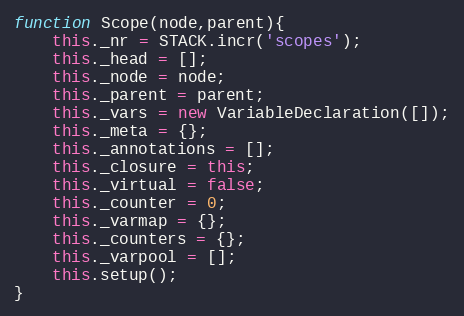
Language: JavaScript
function Scope(node,parent){
	this._nr = STACK.incr('scopes');
	this._head = [];
	this._node = node;
	this._parent = parent;
	this._vars = new VariableDeclaration([]);
	this._meta = {};
	this._annotations = [];
	this._closure = this;
	this._virtual = false;
	this._counter = 0;
	this._varmap = {};
	this._counters = {};
	this._varpool = [];
	this.setup();
}